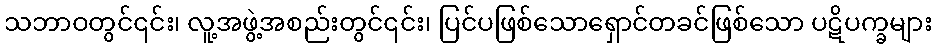
သဘာဝတွင်၎င်း၊ လူ့အဖွဲ့အစည်းတွင်၎င်း၊ ပြင်ပဖြစ်သောရှောင်တခင်ဖြစ်သော ပဋိပက္ခများ